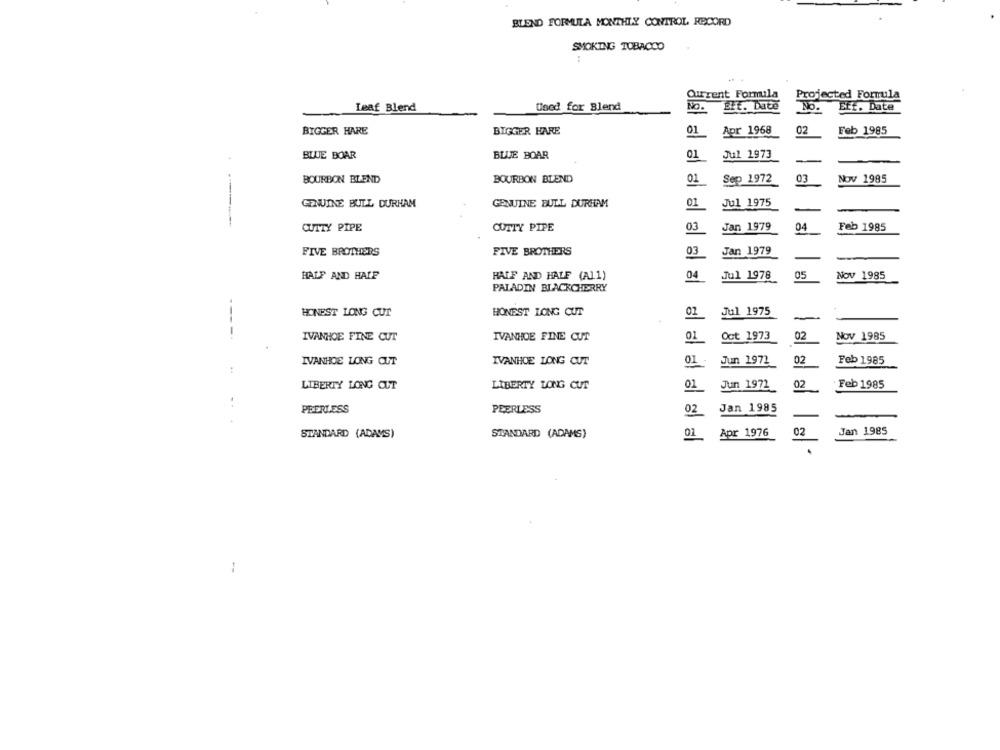
BLEND FORMULA MONTHLY CONTROL RECORD
SMOKING TOBACCO
Current Formula
Projected Formula
EFE. Date
No.
Eff. Date
Leaf Blend
Used for Blend
NO.
BIGGER HARE
BIGGER HARE
01
Apr 1968
02
Feb 1985
BLUE BOAR
BLUE BOAR
01
Jul 1973
-
BOURBON BLEND
BOURBON BLEND
01
Sep 1972
03
Nov 1985
GENUINE BULL DURHAM
GENUINE BULL DURHAM
Jul 1975
01
CUTTY PIPE
CUTTY PIPE
03
Jan 1979
04
Feb 1985
FIVE BROTHERS
FIVE BROTHERS
03
Jan 1979
HALF AND HALF
HALF AND HALF (A11)
04
Jul 1978
05
Nov 1985
PALADIN BLACKCHERRY
HONEST LONG CUT
HONEST LONG CUT
01
Jul 1975
----
IVANHOE FINE CUT
IVANHOE FINE CUT
01
Oct 1973
02
Nov 1985
IVANHOE LONG OUT
IVANHOE LONG CUT
01
02
Jun 1971
Feb 1985
LIBERTY LONG CUT
LIBERTY LONG CUT
01
Jun 1972
02
Feb 1985
PEERLESS
PEERLESS
02
Jan 1985
STANDARD (ADAMS)
STANDARD (ADAMS)
01
Apr 1976
02
Jan 1985
--